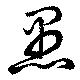
愚